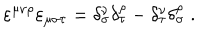
\varepsilon ^ { \mu \nu \rho } \varepsilon _ { \mu \sigma \tau } = \delta _ { \sigma } ^ { \nu } \delta _ { \tau } ^ { \rho } - \delta _ { \tau } ^ { \nu } \delta _ { \sigma } ^ { \rho } \; .